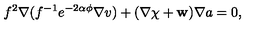
f ^ { 2 } \nabla ( f ^ { - 1 } e ^ { - 2 \alpha \phi } \nabla v ) + ( \nabla \chi + { \bf w } ) \nabla a = 0 ,